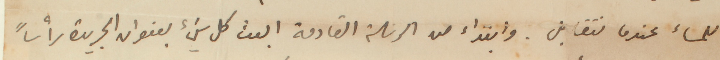
للمساء عندما نتقابل. وابتداء من الرسالة القادمة ابعث كل شيء بعنوان الجريدة رأساً